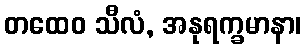
တထေဝ သီလံ, အနုရက္ခမာနာ၊